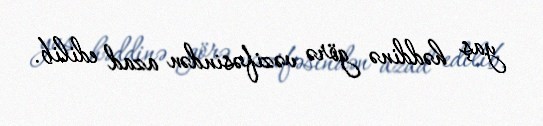
yaş həddinə görə vəzifəsindən azad edilib.